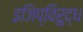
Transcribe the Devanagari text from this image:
इजिप्विरुद्ध